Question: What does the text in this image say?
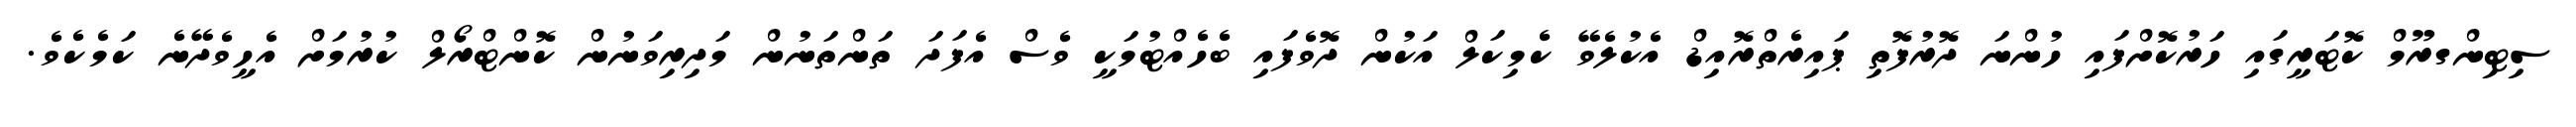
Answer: ސިޓިންގރޫމް ކޮޓަރީގައި ހަރުކޮށްފައި ހުންނަ ދޮރުފޮތި ޕައިރެތްރޮއިޑް އެކުލެވޭ ކެމިކަލް އަކުން ދޮވެފައި ބެހެއްޓުމަކީ ވެސް އެފަދަ ތަންތަނުން މަދިރިވަނުން ކޮންޓްރޯލް ކުރުމަށް އެހީވެދޭނެ ކަމެކެވެ.